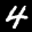
Label: 4